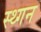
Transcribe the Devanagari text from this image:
स्थ्गन